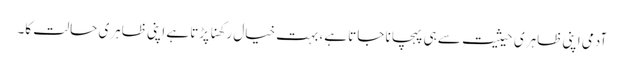
آدمی اپنی ظاہری حیثیت سے ہی پہچانا جاتا ہے، بہت خیال رکھنا پڑتا ہے اپنی ظاہری حالت کا۔